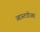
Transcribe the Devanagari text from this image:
आऊटडोअर